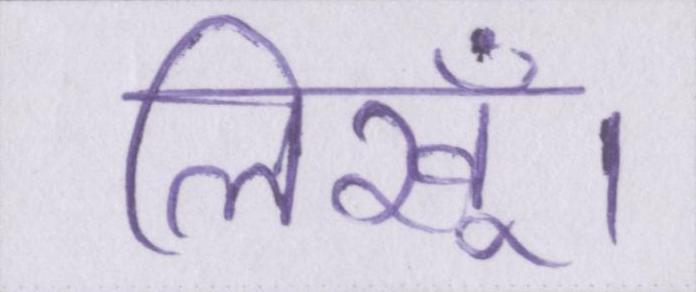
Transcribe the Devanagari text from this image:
लिखूँ।